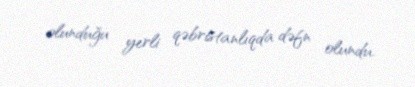
olunduğu yerli qəbristanlıqda dəfn olundu.